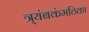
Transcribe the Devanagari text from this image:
त्र्यंबकंमठिका